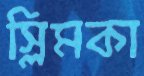
স্লিমকা